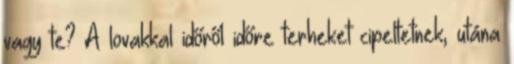
vagy te? A lovakkal időről időre terheket cipeltetnek, utána